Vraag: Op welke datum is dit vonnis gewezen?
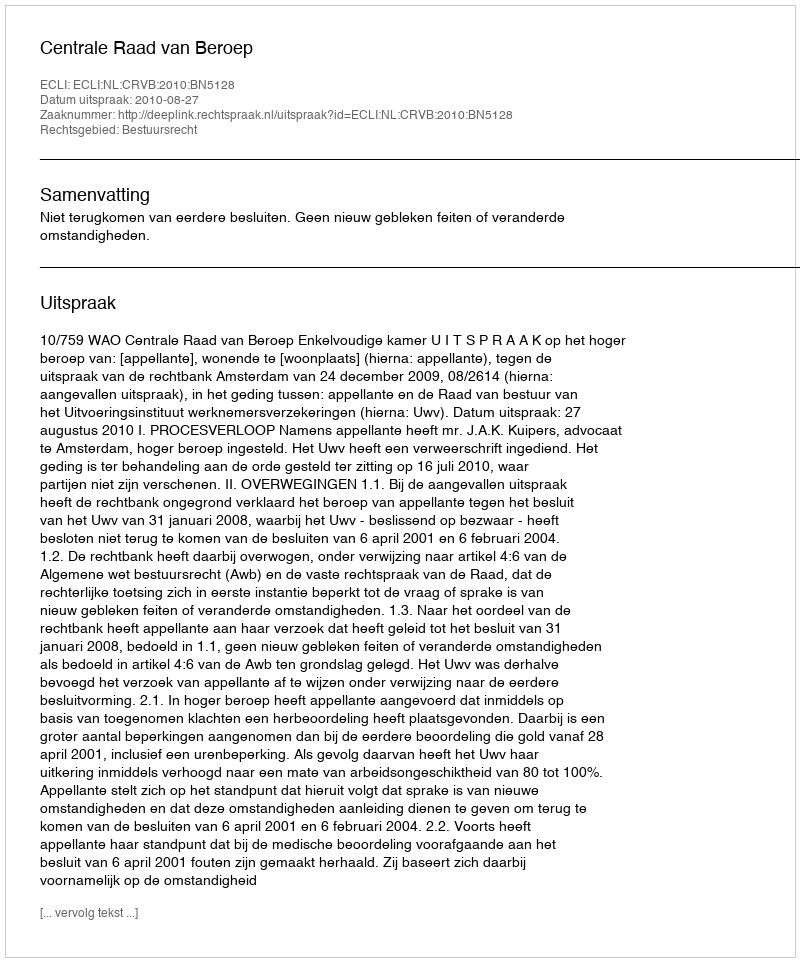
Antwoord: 2010-08-27